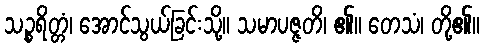
သဉ္စရိတ္တံ၊ အောင်သွယ်ခြင်းသို့။ သမာပဇ္ဇတိ၊ ၏။ တေသံ၊ တို့၏။